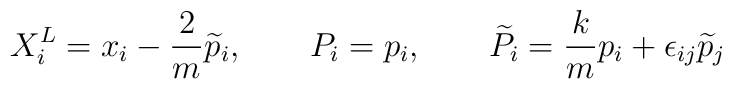
X^L_i = x_i - \frac{2}{m} \widetilde{p}_i,  \qquad  P_i = p_i, \qquad  \widetilde{P}_i = \frac{k}{m} p_i +\epsilon_{ij}  \widetilde{p}_j\,